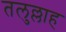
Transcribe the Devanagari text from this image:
तलुल्लाह